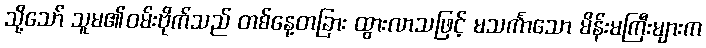
သို့သော် သူမ၏ဝမ်းဗိုက်သည် တစ်နေ့တခြား ထွားလာသဖြင့် မသင်္ကာသော မိန်းမကြီးများက